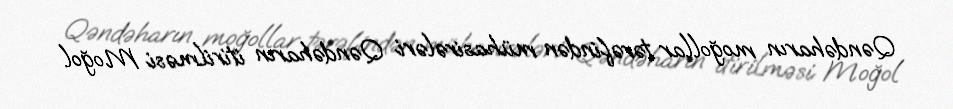
Qəndəharın moğollar tərəfindən mühasirələri Qəndəharın itirilməsi Moğol